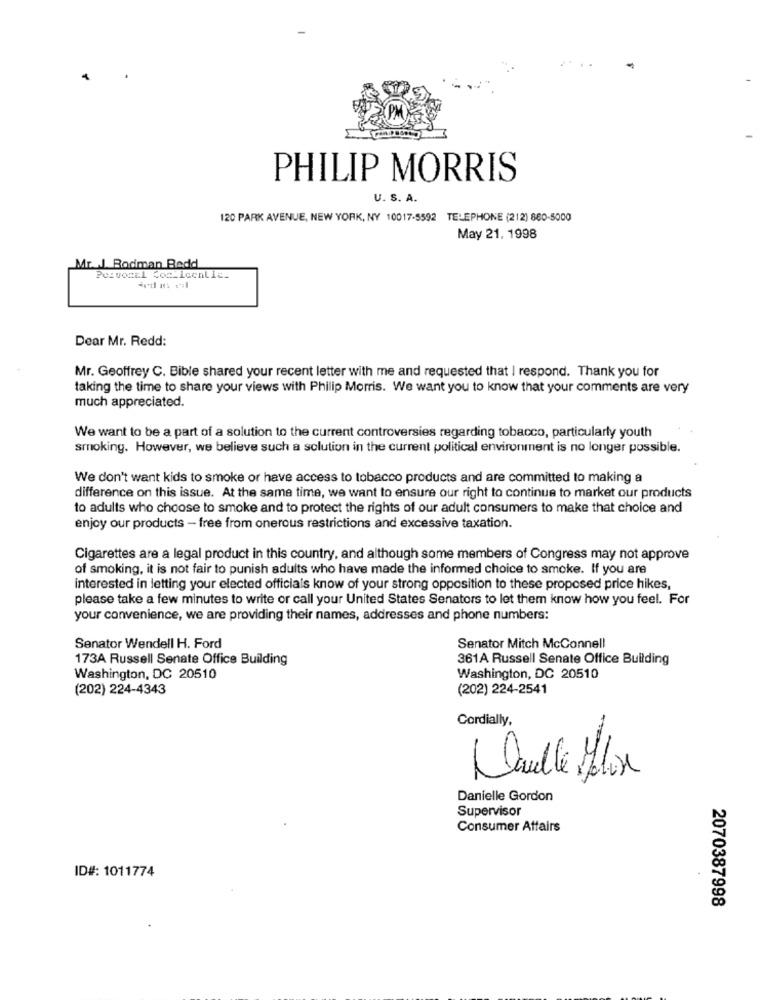
PHILIP MORRIS
U. S. A.
120 PARK AVENUE, NEW YORK, NY 10017-5592 TELEPHONE (212) 880-5000
May 21. 1998
Mr ... Bodman Bedd
Pezvonal ComLicenlia-
Dear Mr. Redd:
Mr. Geoffrey C. Bible shared your recent letter with me and requested that I respond. Thank you for
taking the time to share your views with Philip Morris. We want you to know that your comments are very
much appreciated.
We want to be a part of a solution to the current controversies regarding tobacco, particularly youth
smoking. However, we believe such a solution in the current political environment is no longer possible.
We don't want kids to smoke or have access to tobacco products and are committed to making a
difference on this issue. At the same time, we want to ensure our right to continue to market our products
to adults who choose to smoke and to protect the rights of our adult consumers to make that choice and
enjoy our products - free from onerous restrictions and excessive taxation.
Cigarettes are a legal product in this country, and although some members of Congress may not approve
of smoking, it is not fair to punish adults who have made the informed choice to smoke. If you are
interested in letting your elected officials know of your strong opposition to these proposed price hikes,
please take a few minutes to write or call your United States Senators to let them know how you feel. For
your convenience, we are providing their names, addresses and phone numbers:
Senator Wendell H. Ford
Senator Mitch Mcconnell
173A Russell Senate Office Building
361A Russell Senate Office Building
Washington, DC 20510
Washington, DC 20510
(202) 224-4343
(202) 224-2541
Cordially,
Danielle Gordon
Supervisor
Consumer Affairs
ID#: 1011774
2070387998